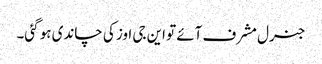
جنرل مشرف آئے تو این جی اوز کی چاندی ہو گئی۔